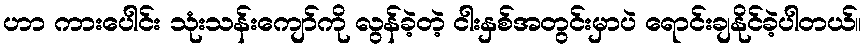
ဟာ ကားပေါင်း သုံးသန်းကျော်ကို လွန်ခဲ့တဲ့ ငါးနှစ်အတွင်းမှာပဲ ရောင်းချနိုင်ခဲ့ပါတယ်။